Annual report of the Punjab Veterinary College and of the Civil Veterinary Department, Punjab - 1920-1925
Year: 1920
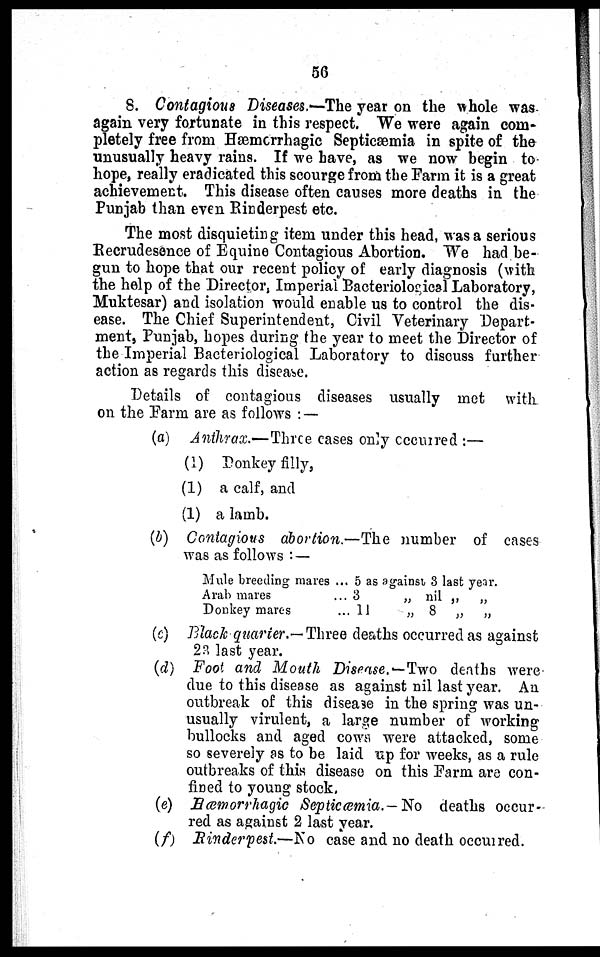
56
8. Contagious Diseases.—The year on the whole was
again very fortunate in this respect. We were again com-
pletely free from Hæmorrhagic Septicæmia in spite of the
unusually heavy rains. If we have, as we now begin to
hope, really eradicated this scourge from the Farm it is a great
achievement. This disease often causes more deaths in the
Punjab than even Rinderpest etc.
The most disquieting item under this head, was a serious
Recrudesence of Equine Contagious Abortion. We had be-
gun to hope that our recent policy of early diagnosis (with
the help of the Director, Imperial Bacteriological Laboratory,
Muktesar) and isolation would enable us to control the dis-
ease. The Chief Superintendent, Civil Veterinary Depart-
ment, Punjab, hopes during the year to meet the Director of
the Imperial Bacteriological Laboratory to discuss further
action as regards this disease.
Details of contagious diseases usually met with
on the Farm are as follows :—
(a) Anthrax.—Three cases only occurred :—
(1) Donkey filly,
(1) a calf, and
(1) a lamb.
(b) Contagious abortion.—The number of cases
was as follows :—
Mule breeding mares
Arab mares
Donkey mares
... 5 as against, 3 last year.
... 3
„ nil „ „
... 11
„ 8 „ „
(c) Black quarter.—Three deaths occurred as against
23 last year.
(d) Foot and Mouth Disease.—Two deaths were
due to this disease as against nil last year. An
outbreak of this disease in the spring was un-
usually virulent, a large number of working
bullocks and aged cows were attacked, some
so severely as to be laid up for weeks, as a rule
outbreaks of this disease on this Farm are con-
fined to young stock.
(e) Hæmorrhagic Septicæmia.—No deaths occur-
red as against 2 last year.
(f) Rinderpest.—No case and no death occurred.